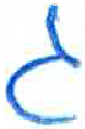
אות: ג